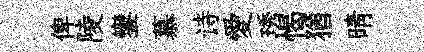
俾陵鑾慕诗愛琇愒猶晴